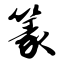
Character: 篆